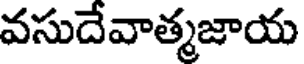
వసుదేవాత్మజాయ